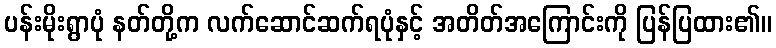
ပန်းမိုးရွာပုံ နတ်တို့က လက်ဆောင်ဆက်ရပုံနှင့် အတိတ်အကြောင်းကို ပြန်ပြထား၏။